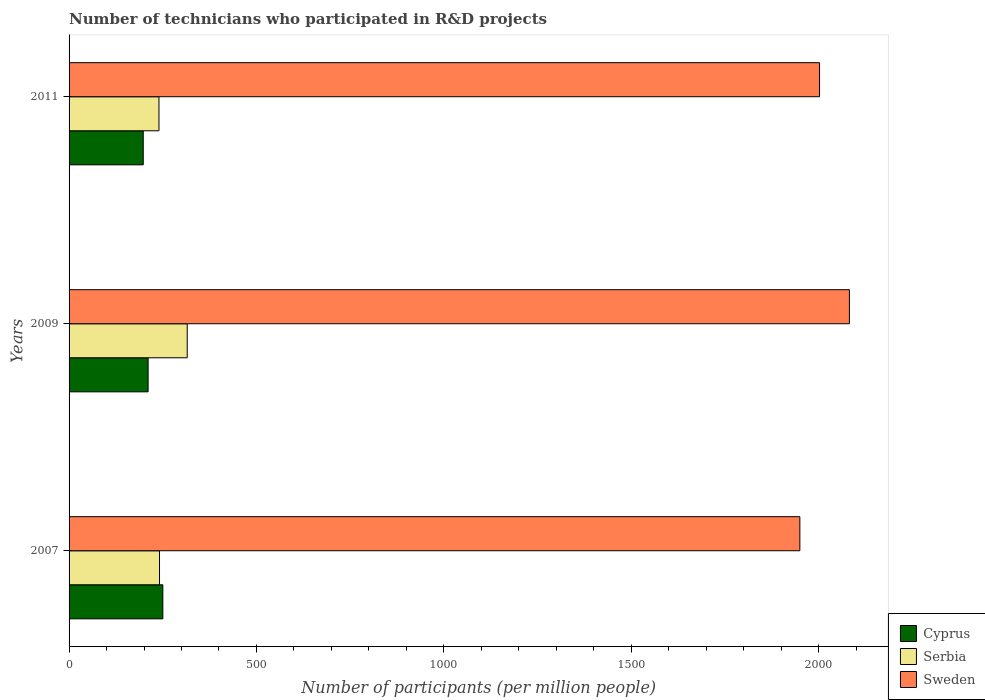
| Years | Cyprus | Serbia | Sweden |
 | --- | --- | --- | --- |
 | 2007 | 250 | 241 | 1.95e+03 |
 | 2009 | 211 | 315 | 2.08e+03 |
 | 2011 | 198 | 240 | 2e+03 |